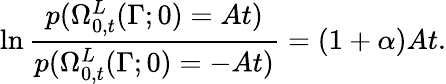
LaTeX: \ln\frac{p(\Omega_{0,t}^{L}(\Gamma;0)=At)}{p(\Omega_{0,t}^{L}(\Gamma;0)=-At)}=(1+\alpha)At.